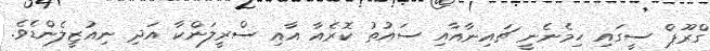
ގްރޫޕް ސީގައި ހިމެނެނީ ޗައިނާއާއި ސައުތު ކޮރެއާ އާއި ސްރީލަންކާ އަދި ނިއުޒީލެންޑެވެ.